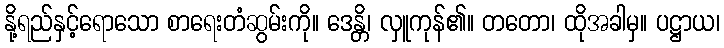
နို့ရည်နှင့်ရောသော စာရေးတံဆွမ်းကို။ ဒေန္တိ၊ လှူကုန်၏။ တတော၊ ထိုအခါမှ။ ပဋ္ဌာယ၊